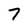
Character: 7